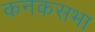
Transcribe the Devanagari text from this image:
कनकसभा